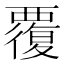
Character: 覆